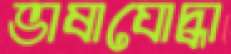
ভাষাযোদ্ধা